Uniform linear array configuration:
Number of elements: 12
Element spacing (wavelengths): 1
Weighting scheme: cosine
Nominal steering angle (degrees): -45
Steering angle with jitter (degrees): -45.571
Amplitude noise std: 0.05
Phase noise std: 0.05

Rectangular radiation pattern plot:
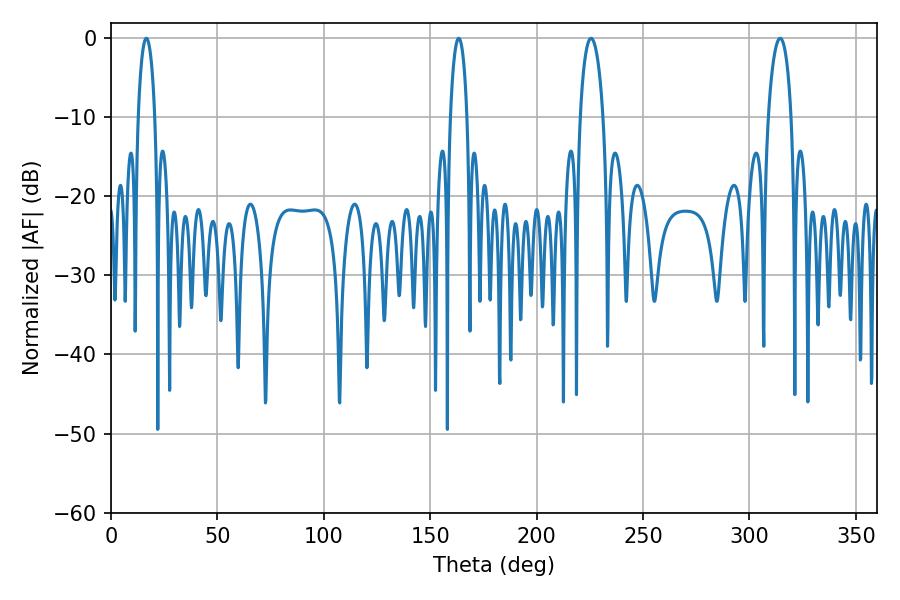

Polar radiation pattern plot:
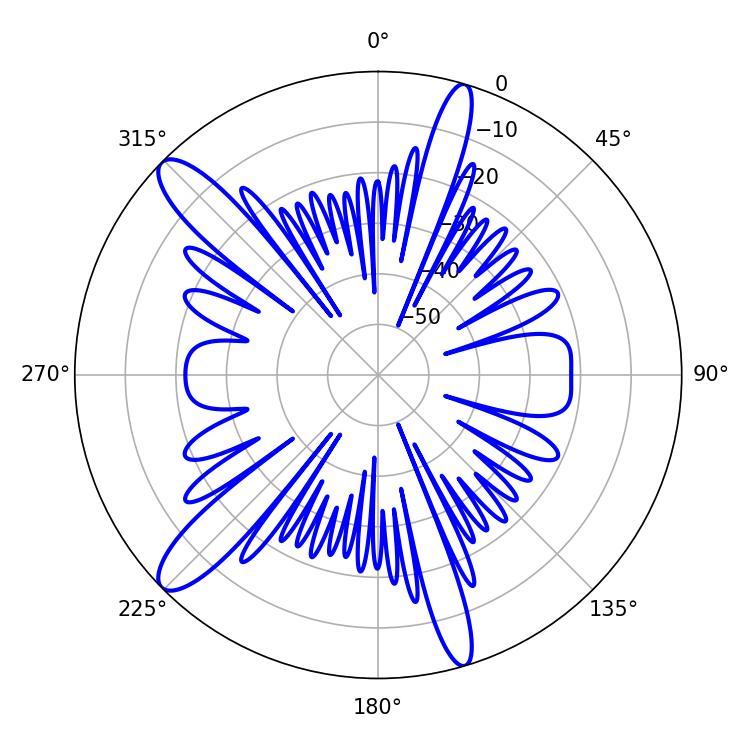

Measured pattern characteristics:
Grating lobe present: TRUE
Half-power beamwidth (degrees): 6.12
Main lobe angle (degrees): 225.54